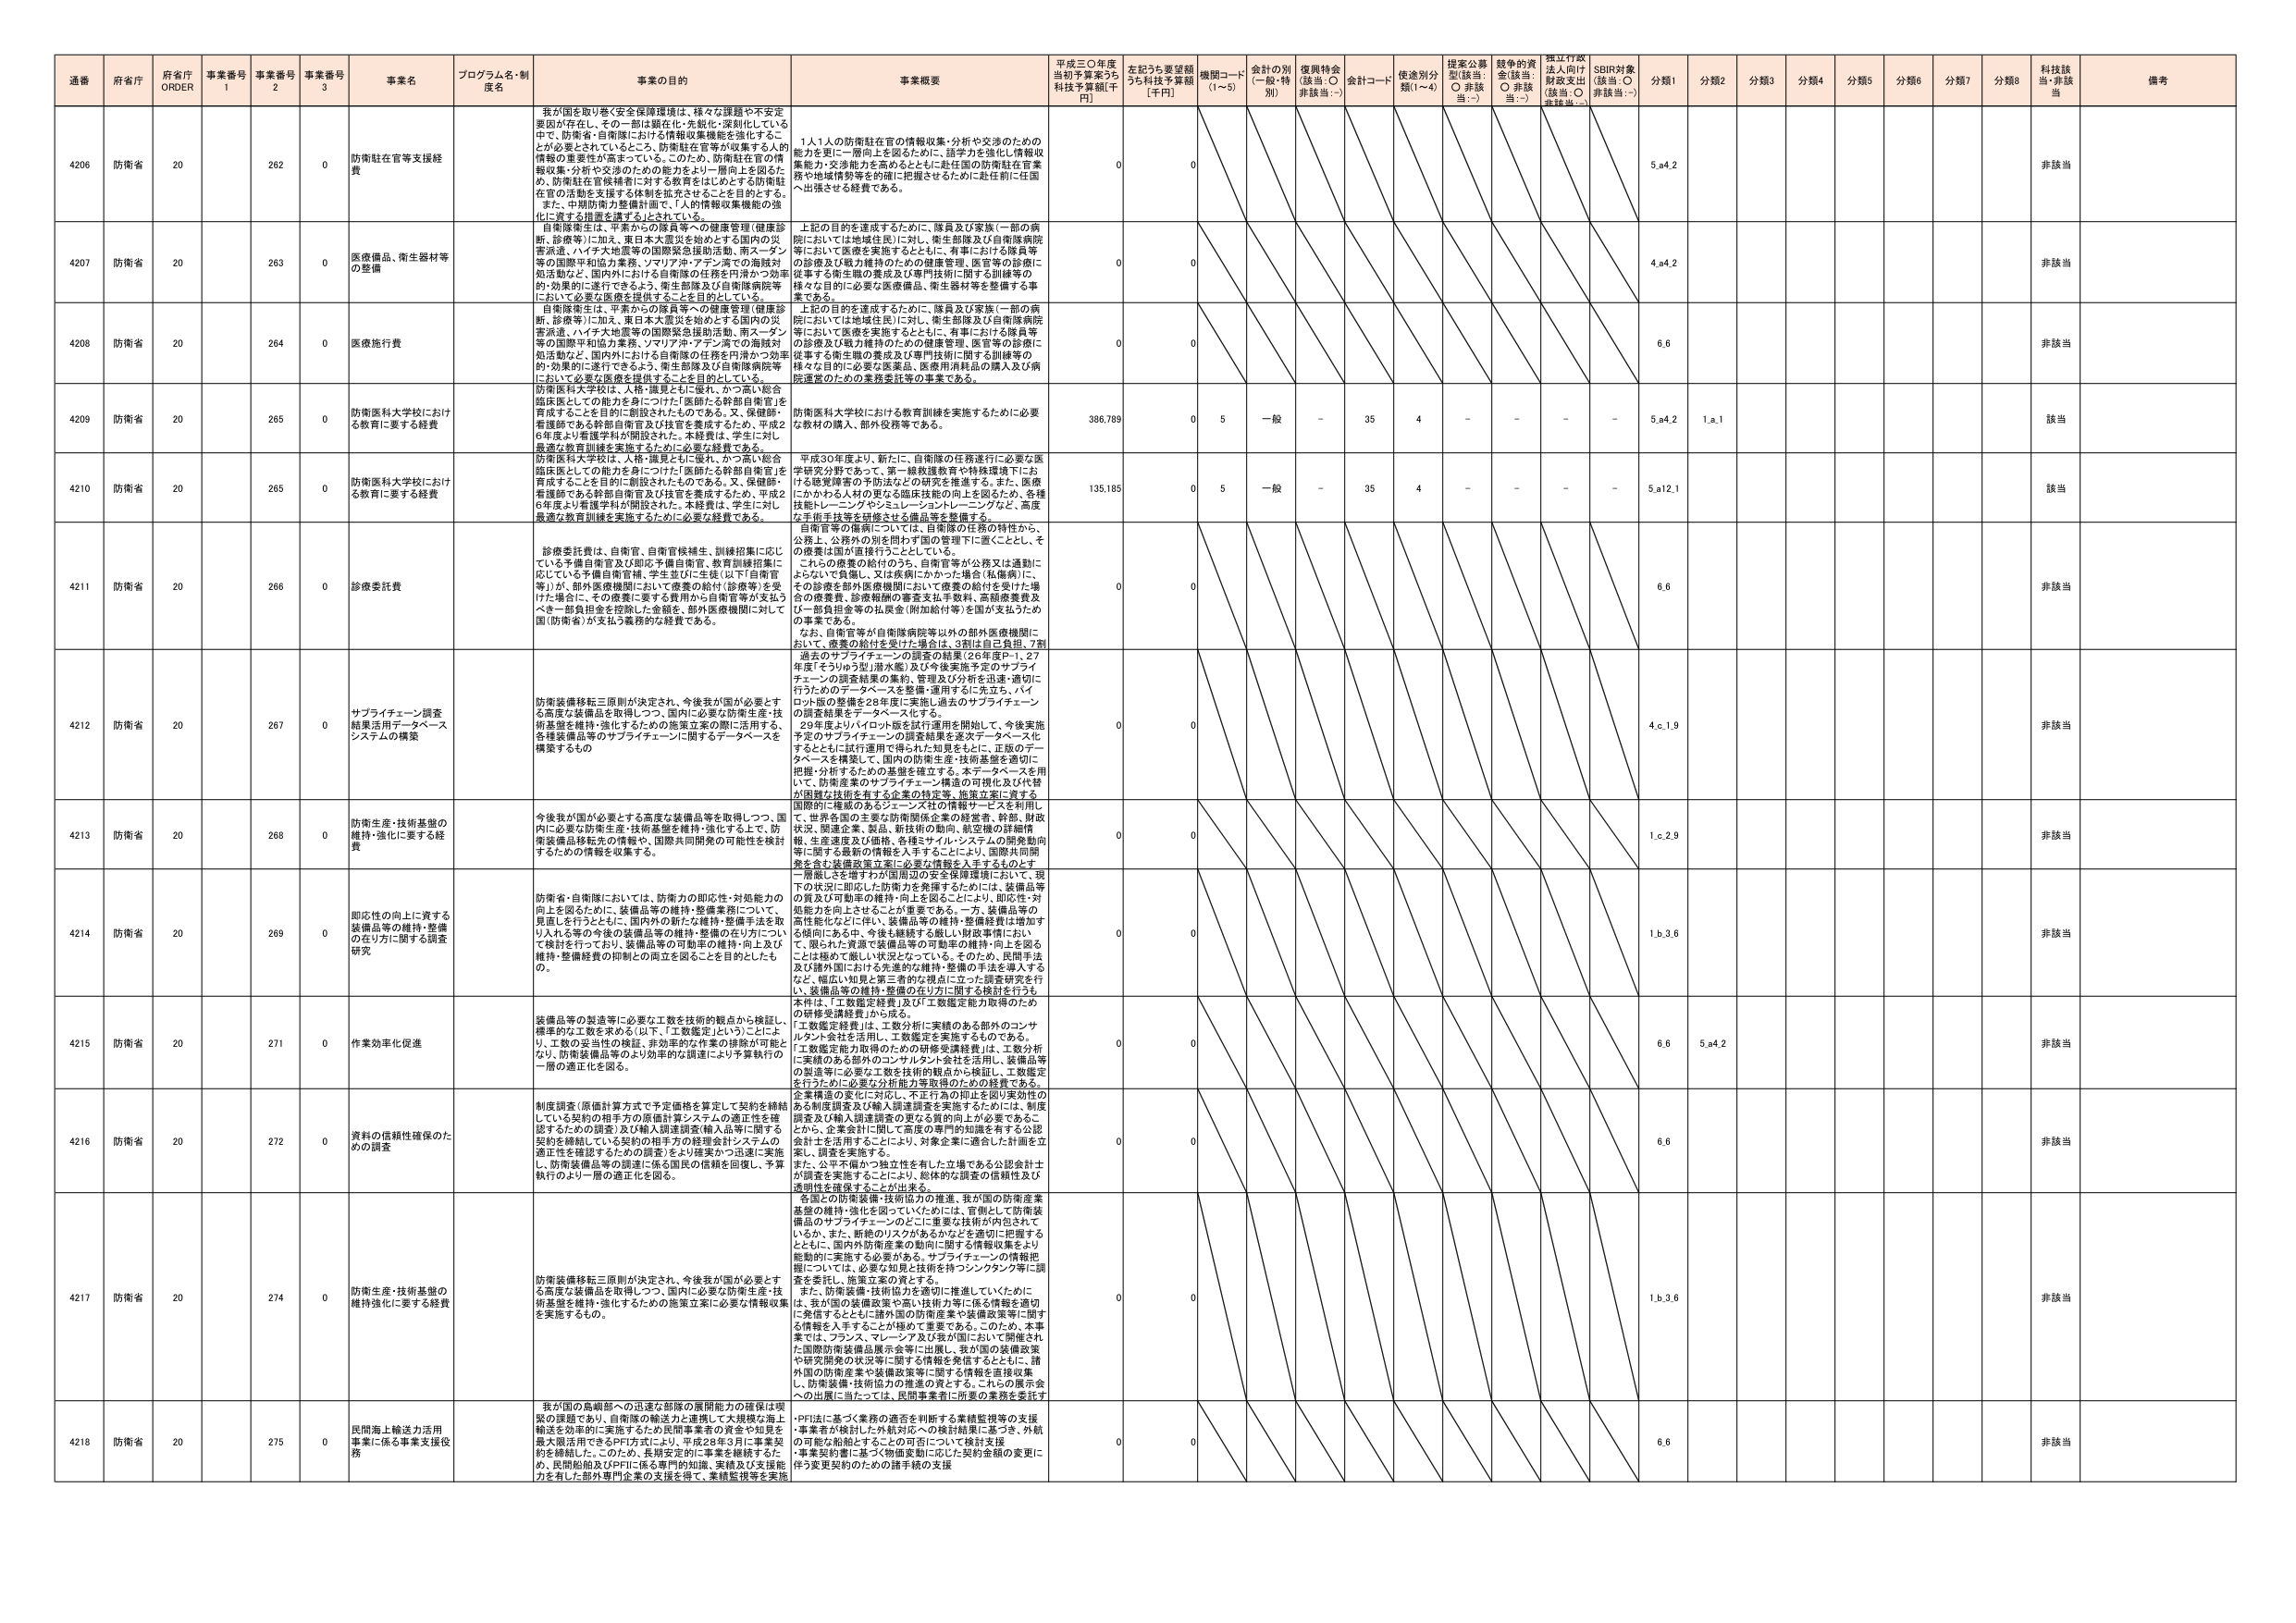
通番 府省庁 府省庁 ORDER 事業番号 1 事業番号 2 事業番号 3 事業名 プログラム名・制度名 事業の目的 事業概要 平成三〇年度当初予算案うち科技予算額[千円] 左記うち要望額うち科技予算額[千円] 機関コード(1～5) 会計の別(一般・特別) 復興特会(該当:○ 非該当:－) 会計コード 使途別分類(1～4) 提案公募型(該当:○ 非該当:－) 競争的資金(該当:○ 非該当:－) 採択行政法入向け財政支出(該当:○ 非該当:－) SDBR対象(該当:○ 非該当:－) 分類1 分類2 分類3 分類4 分類5 分類6 分類7 分類8 科技該当・非該当 備考

4206 防衛省 20 262 0 防衛駐在官等支援経費 我が国を取り巻く安全保障環境は、様々な課題や不安定要因が存在し、その一部は顕在化・先鋭化・深刻化している中で、防衛省・自衛隊における情報収集機能を強化することが必要とされていること、防衛駐在官等が収集する人的情報の重要性が高まっている。このため、防衛駐在官の情報収集・分析や交渉のための能力をより一層向上を図るため、防衛駐在官候補者に対する教育をはじめとする防衛駐在官の活動を支援する体制を拡充させることを目的とする。また、中期防衛力整備計画で、「人的情報収集機能の強化に資する措置を講ずる」とされている。 1人1人の防衛駐在官の情報収集・分析や交渉のための能力を更に一層向上を図るために、語学力を強化し情報収集能力・交渉能力を高めるとともに赴任国の防衛駐在官業務や地域情勢等との連携を図るため、赴任前に在国～出張させる経費である。 0 0 5,a4,2 非該当

4207 防衛省 20 263 0 医療機器、衛生器材等の整備 自衛隊衛生は、平素からの隊員等への健康管理（健康診断、診療等）に加え、東日本大震災を始めとする国内の災害派遣、ハイチ大地震等の国際緊急援助活動、南スーダン等の国際平和協力業務、アメリカン・アテン済での海賊対処活動など、国内外における自衛隊の任務を円滑かつ効率的・効果的に遂行できるよう、衛生部隊及び自衛隊病院等において必要な医療を提供することを目的としている。 上記の目的を達成するために、隊員及び家族（一部の病院においては地域住民）に対し、衛生部隊及び自衛隊病院等において医療を実施するとともに、有事における隊員等の医療及び戦力維持のための健康管理、医官等の診療に従事する衛生職の養成及び専門技術に関する訓練等の様々な目的に必要な医療機器、衛生器材等を整備する事業である。 0 0 4,a4,2 非該当

4208 防衛省 20 264 0 医療施行費 自衛隊衛生は、平素からの隊員等への健康管理（健康診断、診療等）に加え、東日本大震災を始めとする国内の災害派遣、ハイチ大地震等の国際緊急援助活動、南スーダン等の国際平和協力業務、アメリカン・アテン済での海賊対処活動など、国内外における自衛隊の任務を円滑かつ効率的・効果的に遂行できるよう、衛生部隊及び自衛隊病院等において必要な医療を提供することを目的としている。 上記の目的を達成するために、隊員及び家族（一部の病院においては地域住民）に対し、衛生部隊及び自衛隊病院等において医療を実施するとともに、有事における隊員等の医療及び戦力維持のための健康管理、医官等の診療に従事する衛生職の養成及び専門技術に関する訓練等の様々な目的に必要な医薬品、医療用消耗品の購入及び病院運営のための業務委託等の事業である。 0 0 6,6 非該当

4209 防衛省 20 265 0 防衛医科大学校における教育に要する経費 防衛医科大学校は、人材・職見ともに優れ、かつ高い総合臨床医としての能力を身につけた「医師たる幹部自衛官」を育成することを目的に創設されたものである。又、保健師・看護師である幹部自衛官及び技官を養成するため、平成26年度より看護学科が開設された。本経費は、学生に対し最適な教育訓練を実施するために必要な経費である。 防衛医科大学校における教育訓練を実施するために必要な教材の購入、部外役務等である。 386,789 0 5 一般 - 35 4 - - - - 5,a4,2 1,a,1 該当

4210 防衛省 20 265 0 防衛医科大学校における教育に要する経費 防衛医科大学校は、人材・職見ともに優れ、かつ高い総合臨床医としての能力を身につけた「医師たる幹部自衛官」を育成することを目的に創設されたものである。又、保健師・看護師である幹部自衛官及び技官を養成するため、平成26年度より看護学科が開設された。本経費は、学生に対し最適な教育訓練を実施するために必要な経費である。 平成30年度より、新たに、自衛隊の任務遂行に必要な医学研究分野であって、第一線救護教育や特殊環境下における感覚障害の予防法などの研究を推進する。また、医療にかかわる人材の更なる臨床技能の向上を図るため、各種技能トレーニングやシミュレーショントレーニングなど、高度な技術を体系的に習得させる講義等を整備する。 135,185 0 5 一般 - 35 4 - - - - 5,a12,1 該当

4211 防衛省 20 266 0 診療委託費 診療委託費は、自衛官、自衛官候補生、訓練招集に応じている予備自衛官及び即応予備自衛官、教育訓練招集に応じている予備自衛官候補、学生兵（「生徒」以下「自衛官等」）が、部外医療機関において療養の給付（診療等）を受けた場合に、その療養に要する費用から自衛官等が支払うべき一部負担金を控除した金額を、部外医療機関に対して国（防衛省）が支払う義務的な経費である。 自衛官等の医療については、自衛隊の任務の特性から、公務上、公務外の別を問わず国の管理下に置くこととし、その療養は国が直接行うこととしている。これらの療養の給付のうち、自衛官等が公務又は通勤にとらわれて負担し、又は疾病にかかった場合（私傷病）に、その診療を部外医療機関において療養の給付を受けた場合の療養費、診療報酬の審査支払手数料、高額療養費及び一部負担金等の払戻金（附加給付等）を国が支払うための事業である。なお、自衛官等が自衛隊病院等以外の部外医療機関において、療養の給付を受けた場合は、3割は自己負担、7割 0 0 6,6 非該当

4212 防衛省 20 267 0 サプライチェーン調査結果活用データベースシステムの構築 防衛装備移転三原則が決定され、今後我が国が必要とする高度な装備品を取得しつつ、国内に必要な防衛生産・技術基盤を維持・強化するための施策立案の際に活用する、各種装備品等のサプライチェーンに関するデータベースを構築するもの。 過去のサプライチェーンの調査の結果（26年度P-1、27年度「てりゅう型」潜水艦）及び今後実施予定のサプライチェーンの調査結果の集約、管理及び分析を迅速・適切に行うためのデータベースを整備・運用するに先立ち、パケット版の整備を28年度に実施し過去のサプライチェーンの調査結果をデータベース化する。29年度よりパイロット版を試行運用を開始して、今後実施予定のサプライチェーンの調査結果を逐次データベース化するとともに試行運用で得られた知見をもとに、正版のデータベースを構築して、国内の防衛生産・技術基盤を適切に把握・分析するための基盤を確立する。本データベースを用いて、防衛産業のサプライチェーン構造の可視化及び代替的供給は技術を有する企業の特定等、施策立案に資する国際的に権威のあるジェンズ社の情報サービスを利用し、世界各国の主要な防衛関係企業の経営者、幹部、財政状況、関連企業、製品、新技術の動向、航空機の詳細情報、生産速度及び価格、各種ミサイル・システムの開発動向等に関する最新の情報を入手することにより、国際共同開発を含む装備政策立案に必要な情報を入手するものとする。 0 0 4,c,1,9 非該当

4213 防衛省 20 268 0 防衛生産・技術基盤の維持・強化に要する経費 今後我が国が必要とする高度な装備品等を取得しつつ、国内に必要な防衛生産・技術基盤を維持・強化する上で、防衛装備品移転先の情報や、国際共同開発の可能性を検討するための情報を収集する。 0 0 1,c,2,9 非該当

4214 防衛省 20 269 0 即応性の向上に資する装備品等の維持・整備の在り方に関する調査研究 防衛省・自衛隊においては、防衛力の即応性・対処能力の向上を図るために、装備品等の維持・整備業務について、見直しを行うとともに、国内外の新たな維持・整備手法を取り入れる等の今後の装備品等の維持・整備の在り方について検討を行っており、装備品等の円滑な維持・向上及び維持・整備経費の抑制との両立を図ることを目的としたもの。 一層厳しさを増すわが国周辺の安全保障環境において、現下の状況に即応した防衛力を発揮するためには、装備品等の資及び行動中の維持・向上を図ることにより、即応性・対処能力を向上させることが重要である。一方、装備品等の高性能化などに伴い、装備品等の維持・整備経費は増加する傾向にある中、今後も継続する厳しい財政事情に応じて、限られた資源で装備品等の可動率の維持・向上を図ることは極めて難しい状況となっている。そのため、民間手法及び諸外国における先進的な維持・整備の手法を導入するなど、幅広い知見と第三者の視点に立った調査研究を行い、装備品等の維持・整備の在り方に関する検討を行うもの。 0 0 1,b,3,6 非該当

4215 防衛省 20 271 0 作業効率化促進 装備品等の製造等に必要な工数を技術的観点から検証し、標準的な工数を求める（以下、「工数鑑定」という。）ことにより、工数の妥当性の検証、非効率的な作業の排除が可能となり、防衛装備品等のより効率的な調達により予算執行の一層の適正化を図る。 本件は、「工数鑑定経費」及び「工数鑑定能力取得のための研修受講経費」から成る。「工数鑑定経費」は、工数分析に実績のある部外のコンサルタント会社を活用し、工数鑑定を実施するものである。「工数鑑定能力取得のための研修受講経費」は、工数分析に実績のある部外のコンサルタント会社を活用し、装備品等の製造等に必要な工数を技術的観点から検証し、工数鑑定を行うために必要な分析能力等取得のための経費である。 0 0 6,6 5,a4,2 非該当

4216 防衛省 20 272 0 資料の信頼性確保のための調査 制度調査（原価計算方式で予定価格を算定して契約を締結している契約の相手方の原価計算システムの適正性を確認するための調査）及び輸入調達調査（輸入品等に関する契約を締結している契約の相手方の経理会計システムの適正性を確認するための調査）をより確実かつ迅速に実施し、防衛装備品等の調達に係る国民の信頼を回復し、予算執行のより一層の適正化を図る。 企業構造の変化に対応し、不正行為の抑止を図り実効性のある制度調査及び輸入調達調査を実施するためには、制度調査及び輸入調達調査の更なる質的向上が必要であることから、企業会計に関して高度の専門的知識を有する公認会計士を活用することにより、対象企業に適した計画を立案し、調査を実施する。また、公平不偏かつ独立性を有した立場である公認会計士が調査を実施することにより、総体的な調査の信頼性及び透明性を確保することが出来る。 0 0 6,6 非該当

4217 防衛省 20 274 0 防衛生産・技術基盤の維持強化に要する経費 防衛装備移転三原則が決定され、今後我が国が必要とする高度な装備品を取得しつつ、国内に必要な防衛生産・技術基盤を維持・強化するための施策立案に必要な情報収集を実施するもの。 各国との防衛装備・技術協力の推進、我が国の防衛産業基盤の維持・強化を図っていくためには、官制として防衛装備品のサプライチェーンのどこに重要な技術が内包されているか、また、断絶のリスクがあるかなどを適切に把握するとともに、国内外防衛産業の動向に関する情報収集をより能動的に実施する必要がある。サプライチェーンの情報把握については、必要な知見と技術を持つコンサルタントに調査を委託し、施策立案の資とする。また、防衛装備・技術協力を適切に推進していくために、我が国の装備政策や高い技術力等に係る情報を適切に発信するとともに諸外国の防衛産業や装備政策等に関する情報を入手することが極めて重要である。このため、本事業では、フランス、マレーシア及び我が国において開催された国際防衛装備品展示会等に出展し、我が国の装備政策や研究開発の状況等に関する情報を発信するとともに、諸外国の防衛産業や装備政策等に関する情報を直接収集し、防衛装備・技術協力の推進の資とする。これらの展示会への出展に当たっては、民間事業者に所要の業務を委託す 0 0 1,b,3,6 非該当

4218 防衛省 20 275 0 民間海上輸送力活用事業に係る事業支援役務 我が国の島嶼部への迅速な部隊の展開能力の確保は喫緊の課題であり、自衛隊の輸送力と連携して大規模な海上輸送を効率的に実施するため民間事業者の資金や知見を最大限活用できるPF方式により、平成28年3月に事業契約を締結した。このため、長期安定的に事業を継続するため、民間船舶及びPFIに係る専門的知識、実績及び支援能力を有した部外専門企業の支援を得て、業績監視等を実施。・PFI法に基づく業務の適否を判断する業績監視等の支援・事業者が検討した外航対応への検討結果に基づき、外航の可能を船舶とすることの可否について検討支援・事業契約書に基づく物価変動に応じた契約金額の変更に伴う変更契約のための諸手続の支援 0 0 6,6 非該当